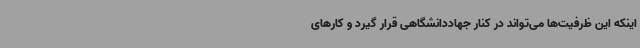
اینکه این ظرفیت‌ها می‌تواند در کنار جهاددانشگاهی قرار گیرد و کارهای